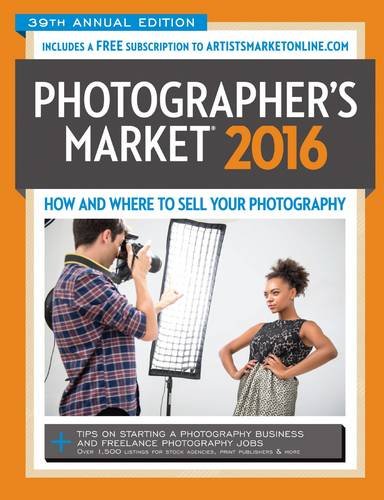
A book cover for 2016 Photographer's Market: How and Where to Sell Your Photography; Arts & Photography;